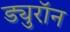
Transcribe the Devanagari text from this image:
ड्युरॉन